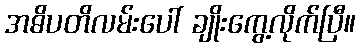
အဓိပတိလမ်းပေါ် ချိုးကွေ့လိုက်ပြီ။